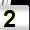
Digit: 2